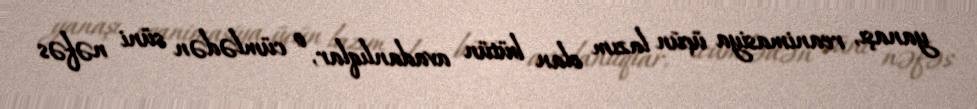
yanaşı, reanimasiya üçün lazım olan bütün avadanlıqlar, o cümlədən süni nəfəs